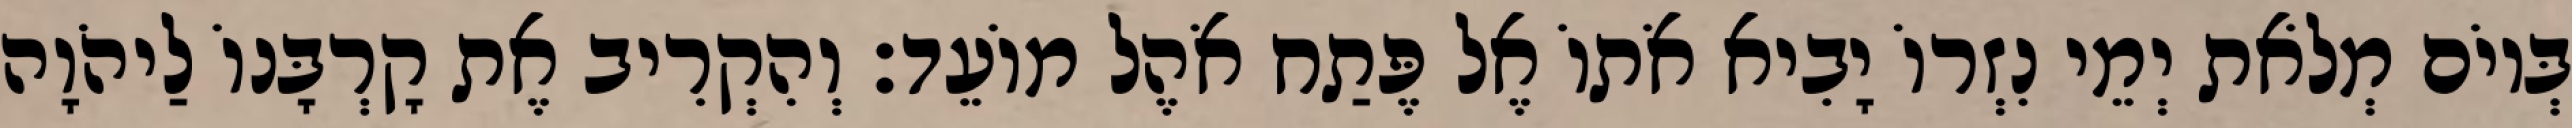
בְּיוֹם מְלֹאת יְמֵי נִזְרוֹ יָבִיא אֹתוֹ אֶל פֶּתַח אֹהֶל מוֹעֵד׃ וְהִקְרִיב אֶת קָרְבָּנוֹ לַיהֹוָה